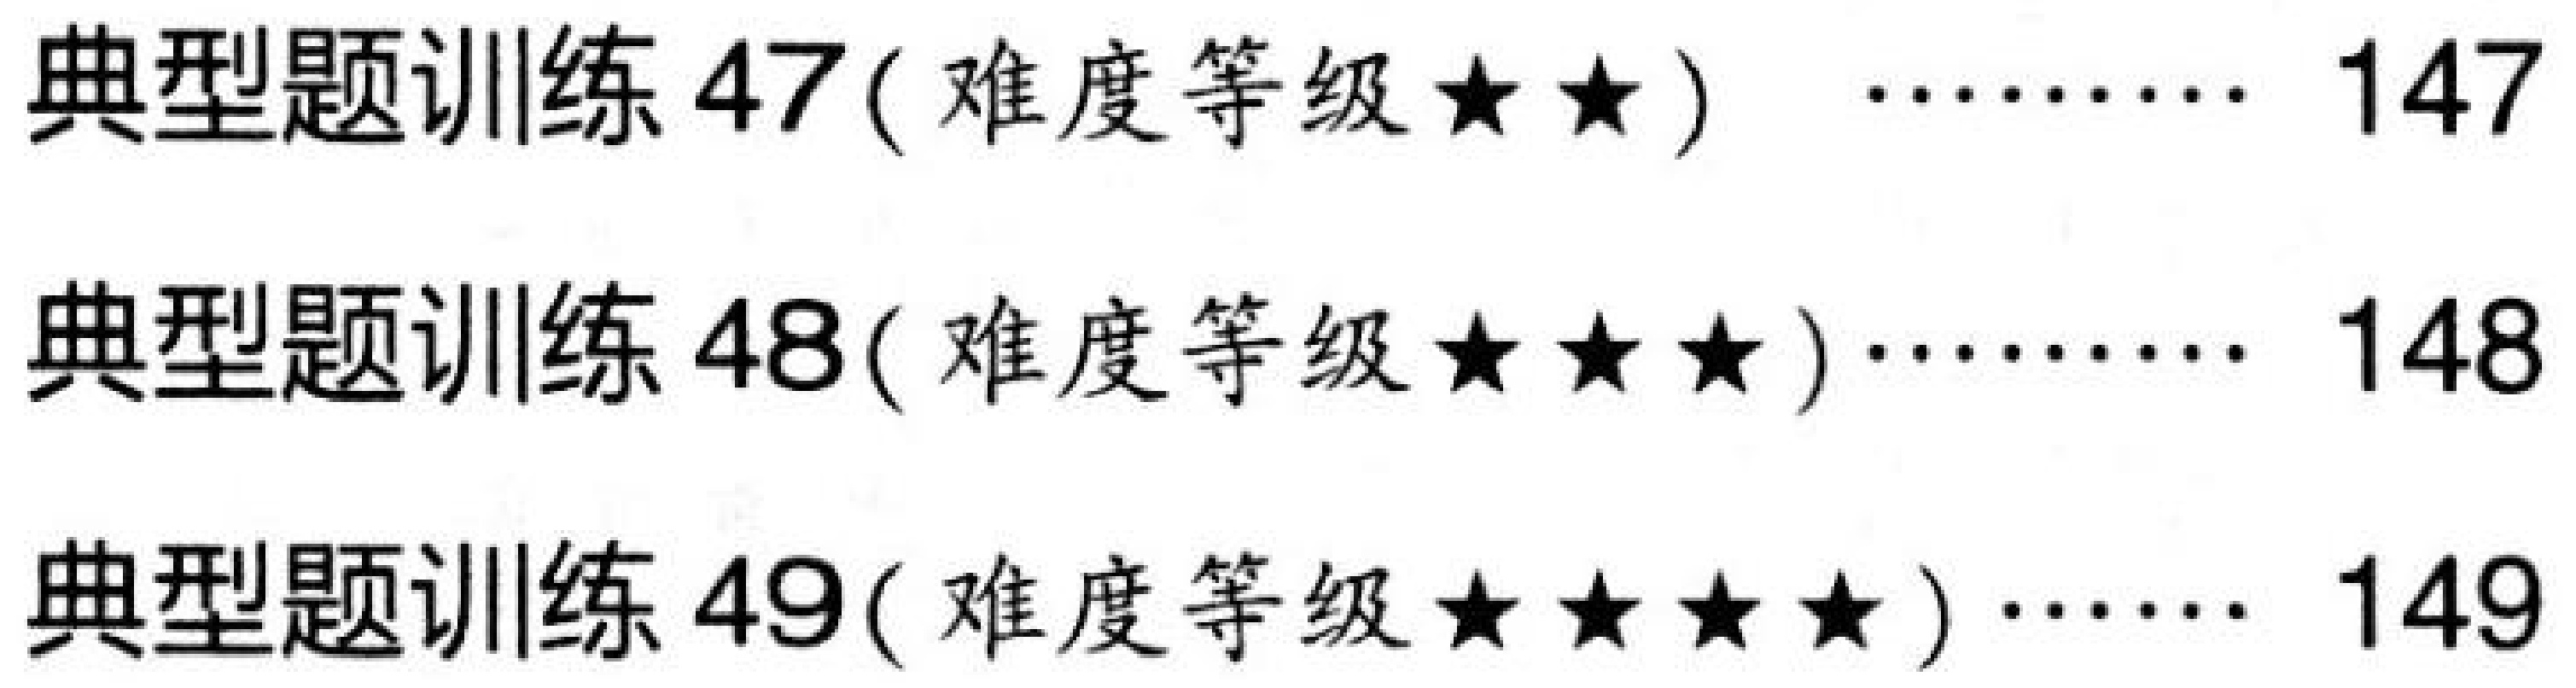
典型题训练 47( 难度等级$\star\star$) $\cdots\cdots$ 147\\
典型题训练 48( 难度等级$\star\star\star$)$\cdots\cdots$ 148\\
典型题训练 49( 难度等级$\star\star\star\star$) $\cdots\cdots$ 149